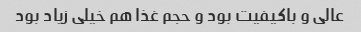
عالی و باکیفیت بود و حجم غذا هم خیلی زیاد بود